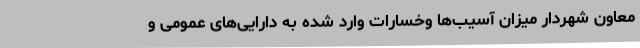
معاون شهردار میزان آسیب‌ها وخسارات وارد شده به دارایی‌های عمومی و